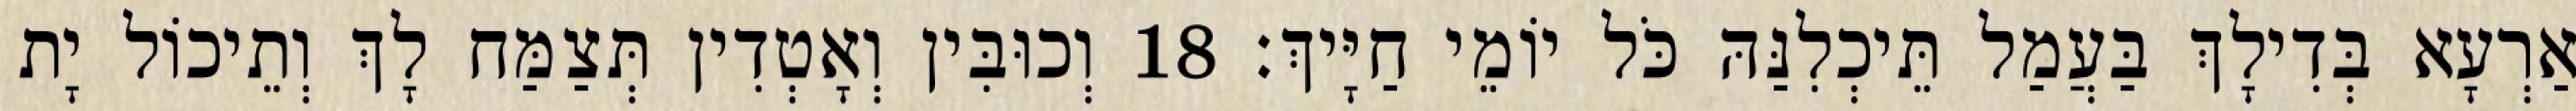
אַרְעָא בְּדִילָךְ בַּעֲמַל תֵּיכְלִנַּהּ כֹּל יוֹמֵי חַיָּיךְ׃ 18 וְכוּבִּין וְאָטְדִין תְּצַמַּח לָךְ וְתֵיכוֹל יָת